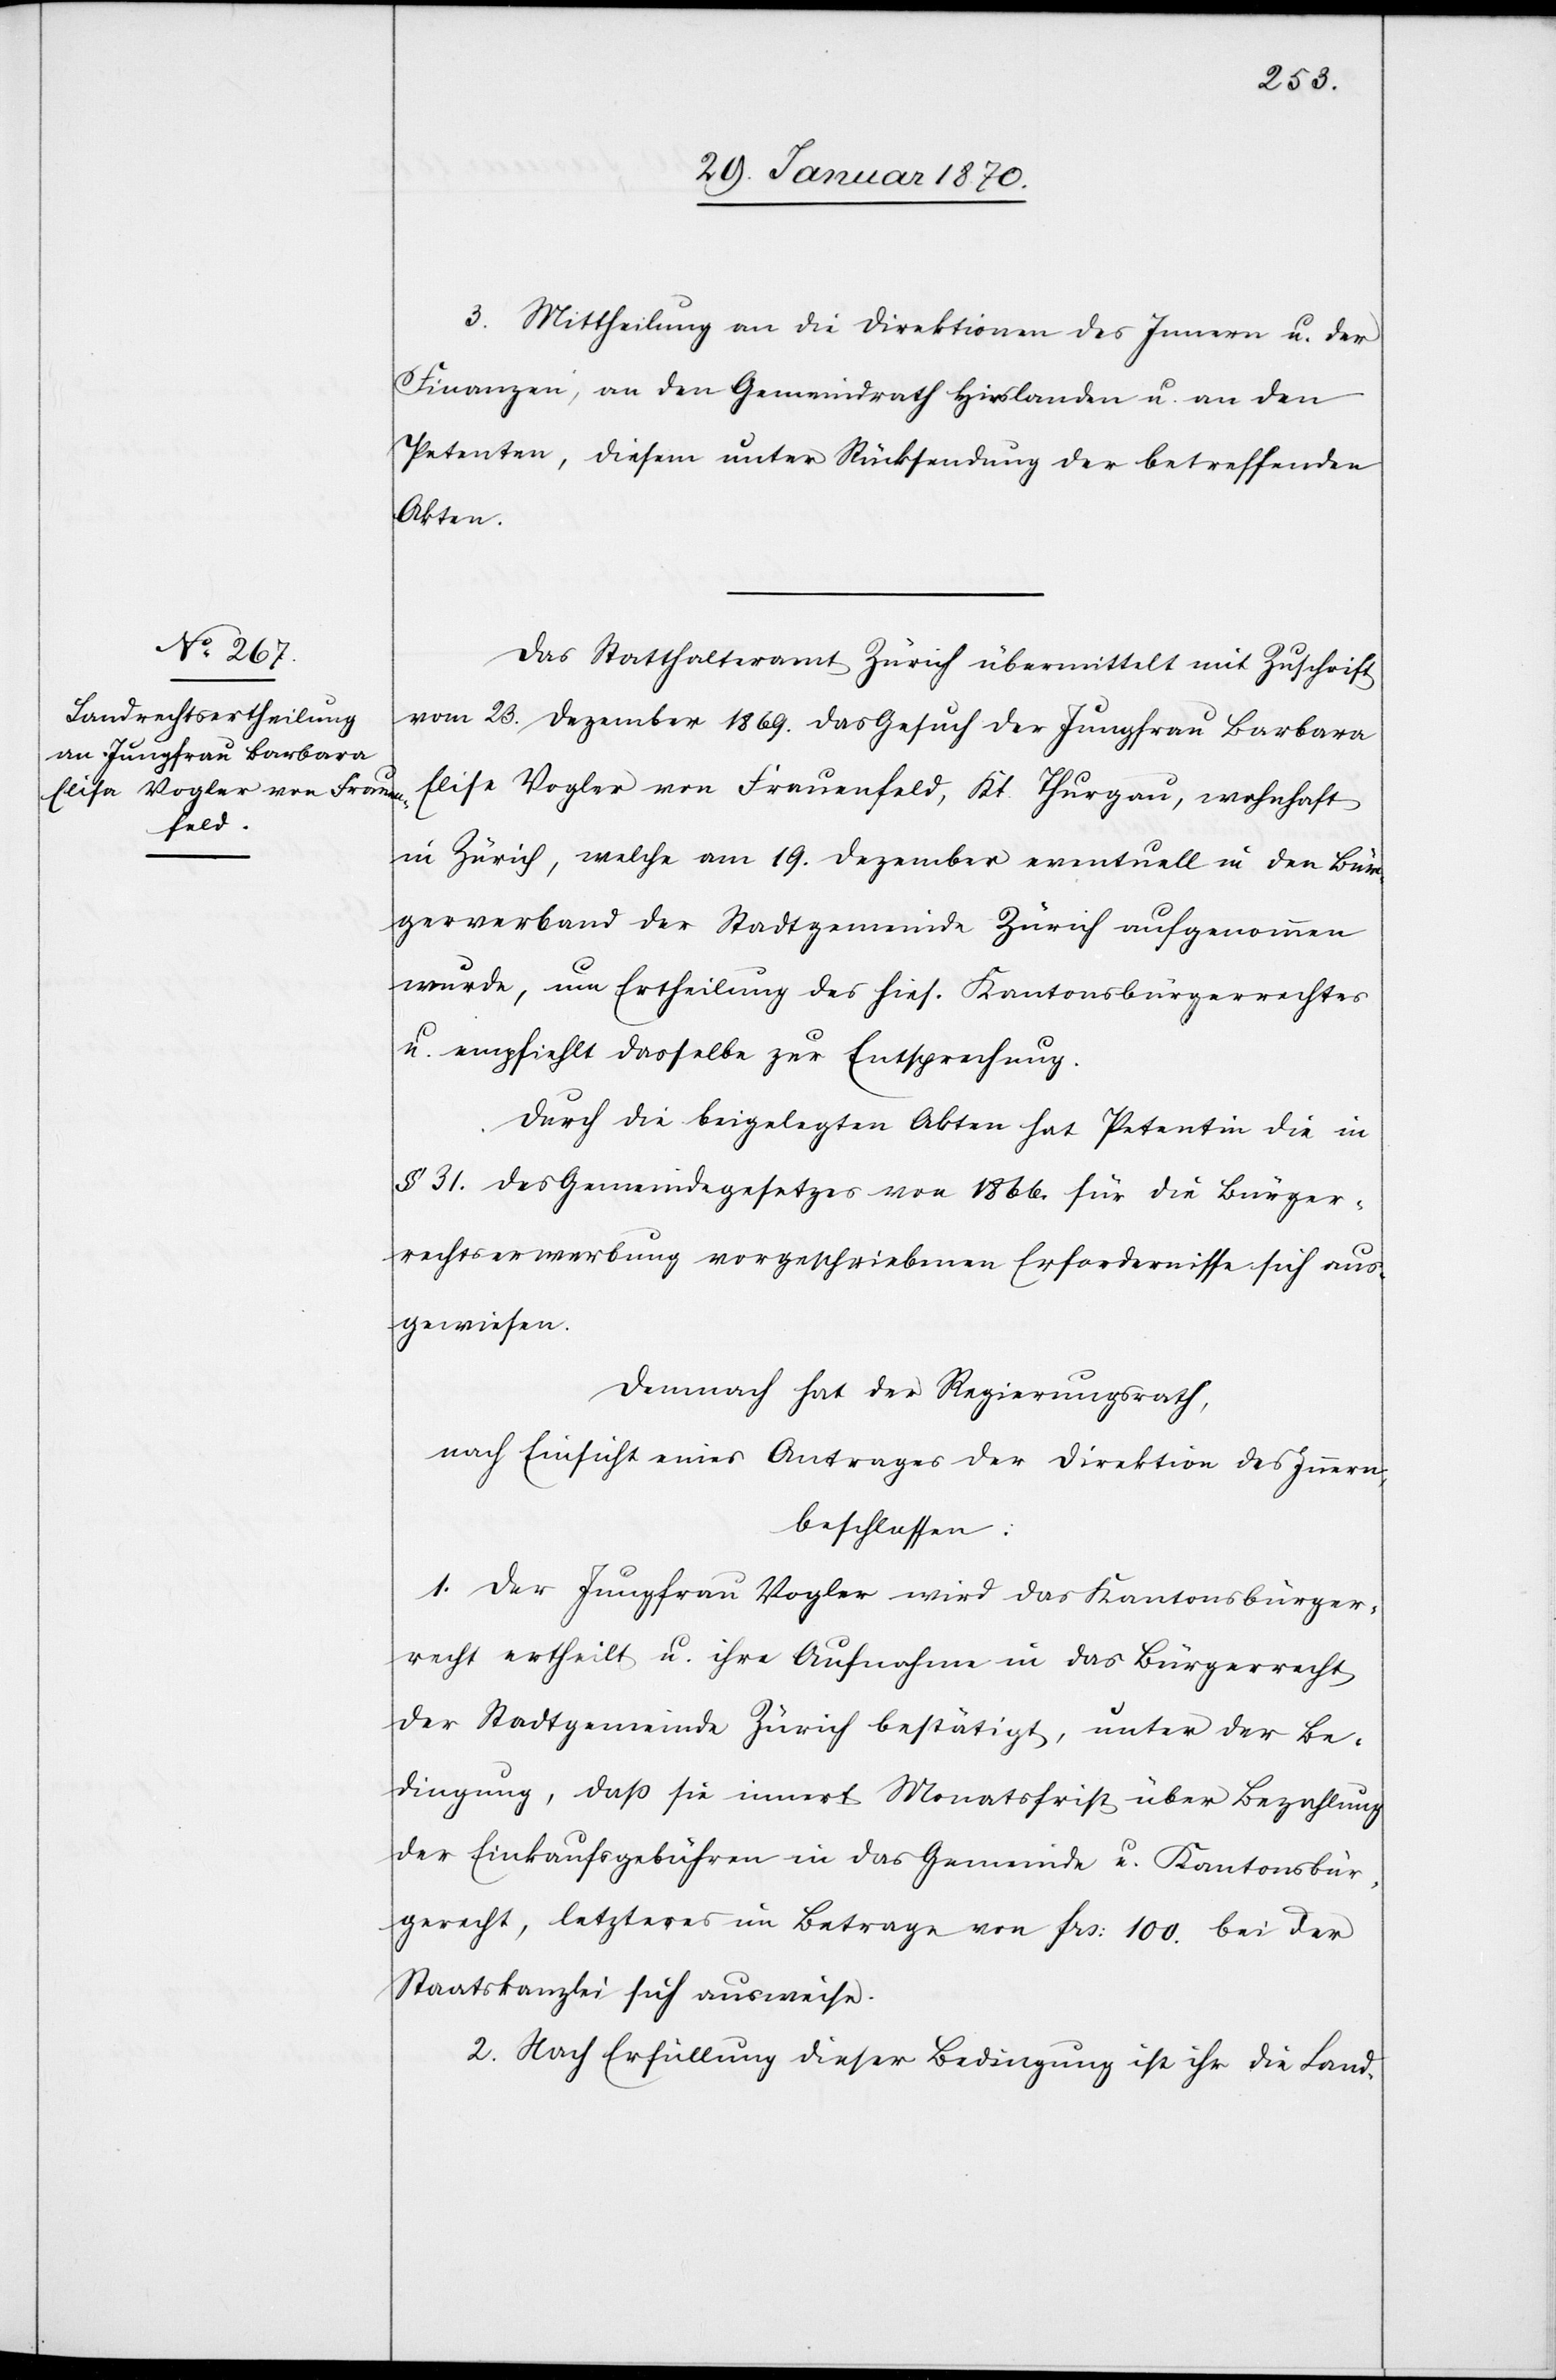
3. Mittheilung an die Direktionen des Innern u. der
Finanzen, an den Gemeindrath Hirslanden u. an den
Petenten, diesem unter Rücksendung der betreffenden
Akten.
Das Statthalteramt Zürich übermittelt mit Zuschrift
vom 23. Dezember 1869. das Gesuch der Jungfrau Barbara
Elisa Vogler von Frauenfeld, Kt. Thurgau, wohnhaft
in Zürich, welche am 19. Dezember eventuell in den Bür¬
gerverband der Stadtgemeinde Zürich aufgenommen
wurde, um Ertheilung des hies. Kantonsbürgerrechtes
u. empfiehlt dasselbe zur Entsprechung.
Durch die beigelegten Akten hat Petentin die in
§ 31. des Gemeindegesetzes von 1866. für die Bürger¬
rechtserwerbung vorgeschriebenen Erfordernisse sich aus¬
gewiesen.
Demnach hat der Regierungsrath
nach Einsicht eines Antrages der Direktion des Innern,
beschlossen:
1. Der Jungfrau Vogler wird das Kantonsbürger¬
recht ertheilt u. ihre Aufnahme in das Bürgerrecht
der Stadtgemeinde Zürich bestätigt, unter der Be¬
dingung, daß sie innert Monatsfrist über Bezahlung
der Einkaufsgebühren in das Gemeinde[-] u. Kantonsbür¬
gerrecht, letzteres im Betrage von frs: 100. bei der
Staatskanzlei sich ausweise.
2. Nach Erfüllung dieser Bedingung ist ihr die Land-